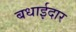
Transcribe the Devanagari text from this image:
बधाईदार